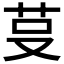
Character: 𰰭